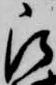
被